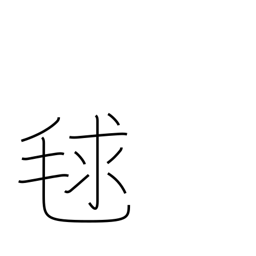
Meaning: burr